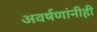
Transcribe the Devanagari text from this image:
अवर्षणांनीही